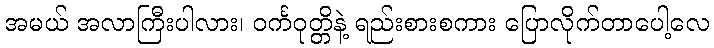
အမယ် အလာကြီးပါလား၊ ဝင်္ကဝုတ္တိနဲ့ ရည်းစားစကား ပြောလိုက်တာပေါ့လေ